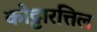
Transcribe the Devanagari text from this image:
कोट्टारत्तिल